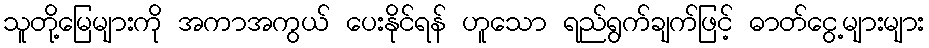
သူတို့မြေများကို အကာအကွယ် ပေးနိုင်ရန် ဟူသော ရည်ရွက်ချက်ဖြင့် ဓာတ်ငွေ့များများ